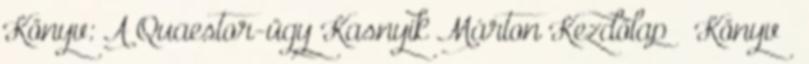
Könyv: A Quaestor-ügy Kasnyik Márton Kezdőlap Könyv